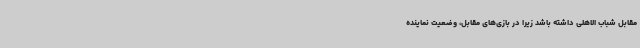
مقابل شباب الاهلی داشته باشد زیرا در بازی‌های مقابل، وضعیت نماینده